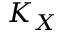
K _ { X }